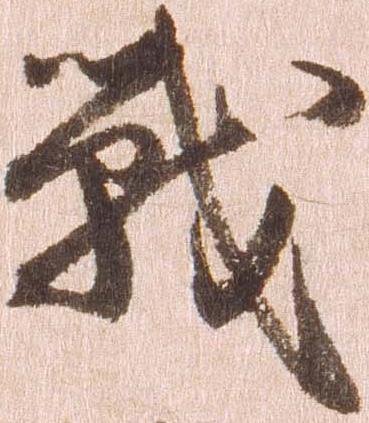
戦